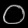
Digit: ၀